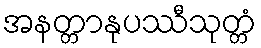
အနတ္တာနုပဿီသုတ္တံ